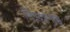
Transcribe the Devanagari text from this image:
लिंगदर्शनाच्च